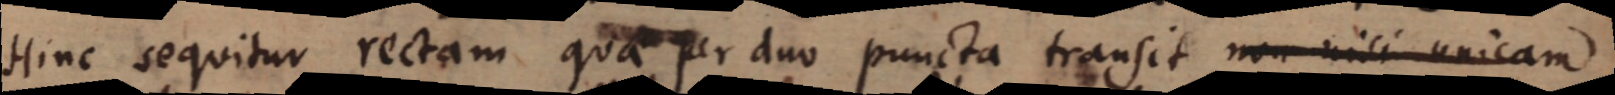
Hinc sequitur rectam qua per duo puncta transit non nisi unicam